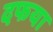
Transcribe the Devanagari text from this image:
दफया